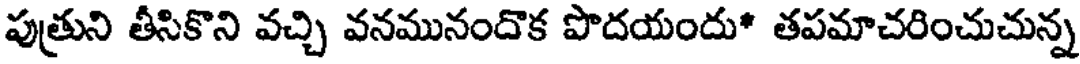
పుత్రుని తీసికొని వచ్చి వనమునందొక పొదయందు* తపమాచరించుచున్న